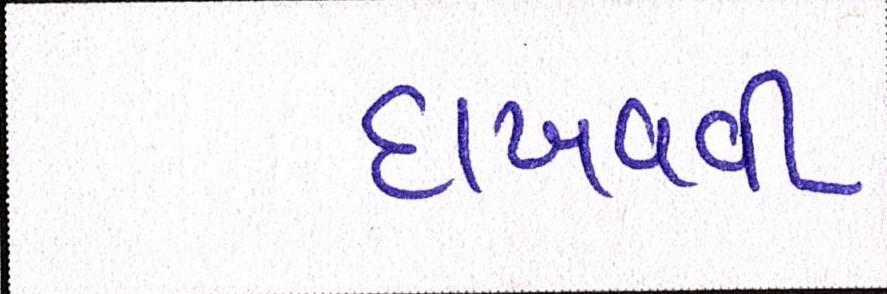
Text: દાખવવી